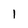
Character: 1